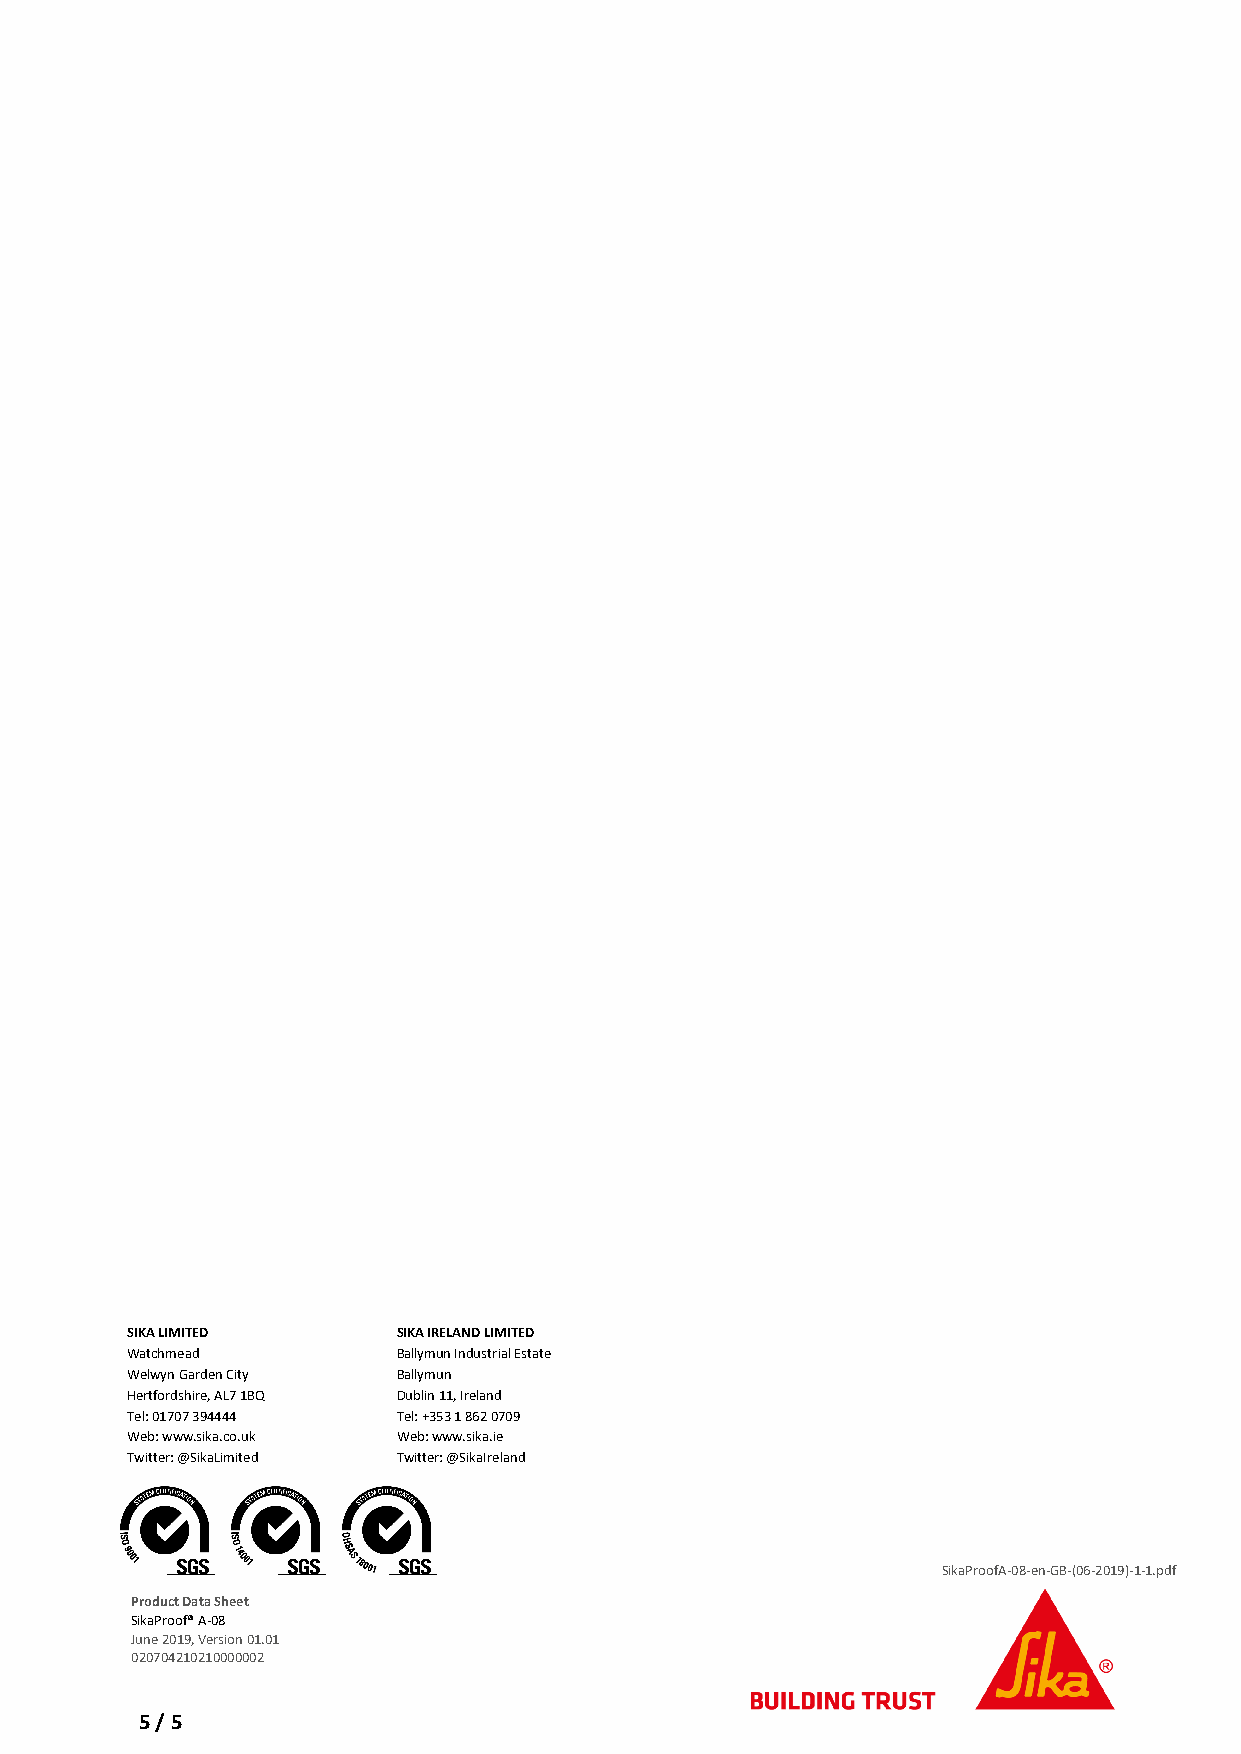
SIKA LIMITED      SIKA IRELAND LIMITED
 Watchmead         Ballymun Industrial Estate
 Welwyn Garden City Ballymun
 Hertfordshire, AL7 1BQ Dublin 11, Ireland
 Tel: 01707 394444 Tel: +353 1 862 0709
 Web: www.sika.co.uk Web: www.sika.ie
 Twitter: @SikaLimited Twitter: @SikaIreland
 SikaProofA-08-en-GB-(06-2019)-1-1.pdf
 Product Data Sheet
 SikaProof® A-08
 June 2019, Version 01.01
 020704210210000002
 5 / 5